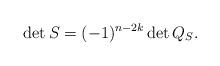
LaTeX: \begin{align*}\det S=(-1)^{n-2k}\det Q_S.\end{align*}